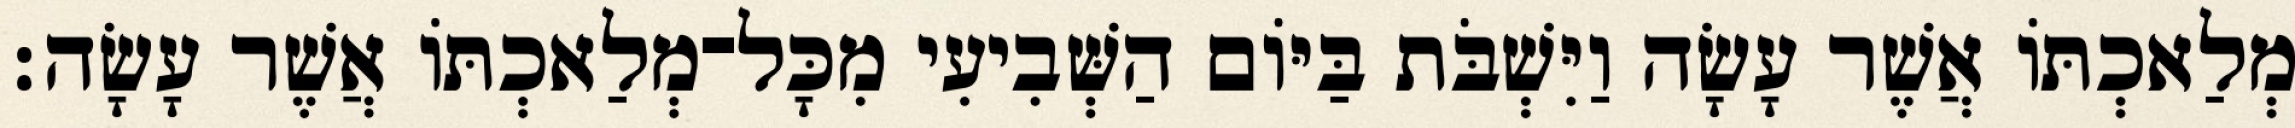
מְלַאכְתֹּו אֲשֶׁר עָשָׂה וַיִּשְׁבֹּת בַּיֹּום הַשְּׁבִיעִי מִכָּל־מְלַאכְתֹּו אֲשֶׁר עָשָׂה׃